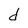
Character: d